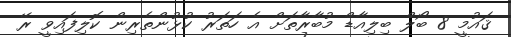
ޤައުމީ 8 ބޯލް ބިލިއާޑް މުބާރާތަށް އެ ހަތަރު ކުޅުންތެރިން ކޮލިފައިވީ ރޭ